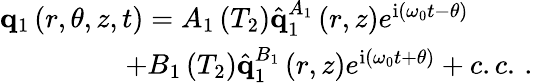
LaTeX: \begin{array}{r}{\mathbf{q}_{1}\left(r,\theta,z,t\right)=A_{1}\left(T_{2}\right)\hat{\mathbf{q}}_{1}^{A_{1}}\left(r,z\right)e^{\mathrm{i}\left(\omega_{0}t-\theta\right)}\ \ \ \ \ \ \ \ \ }\\ {+B_{1}\left(T_{2}\right)\hat{\mathbf{q}}_{1}^{B_{1}}\left(r,z\right)e^{\mathrm{i}\left(\omega_{0}t+\theta\right)}+c.c.\, .}\end{array}